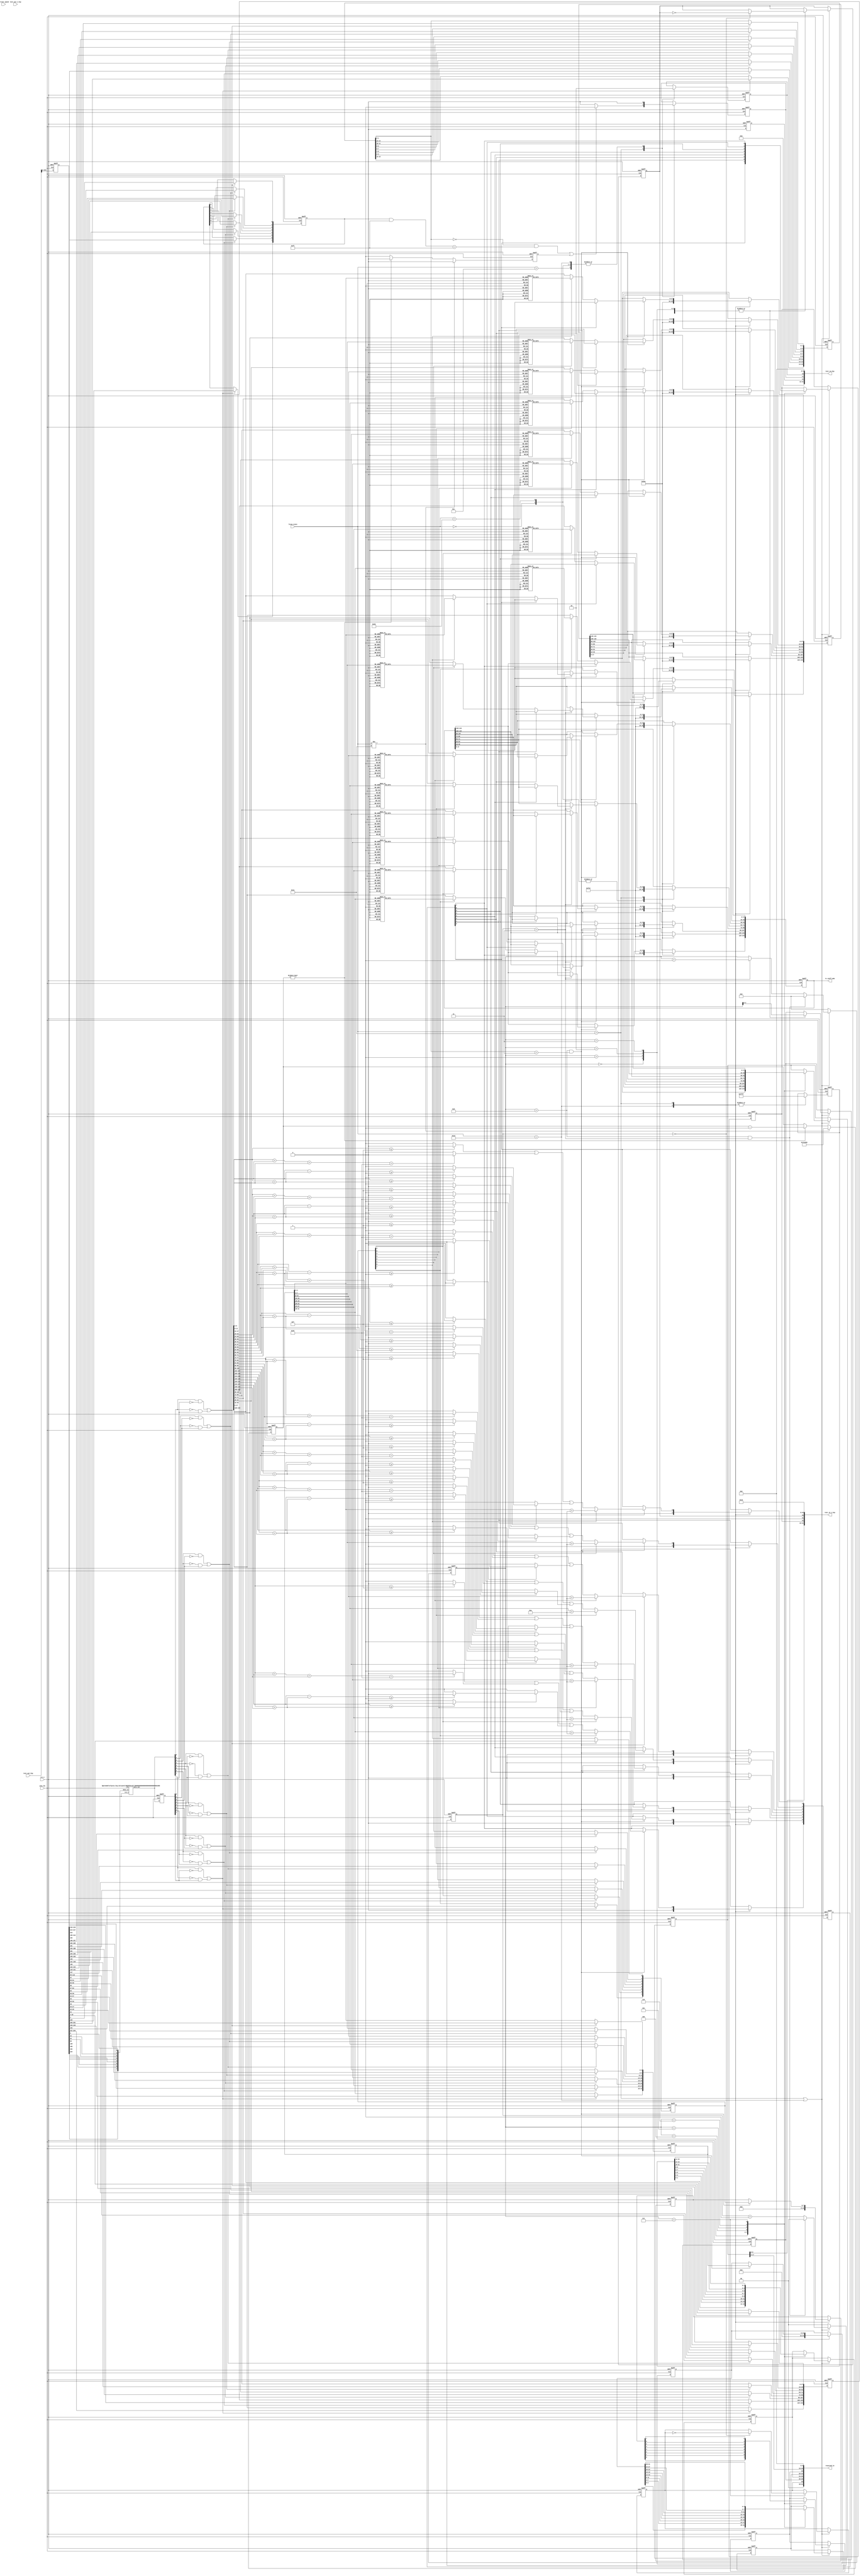
// (C) 2001-2016 Altera Corporation. All rights reserved.
// Your use of Altera Corporation's design tools, logic functions and other 
// software and tools, and its AMPP partner logic functions, and any output 
// files any of the foregoing (including device programming or simulation 
// files), and any associated documentation or information are expressly subject 
// to the terms and conditions of the Altera Program License Subscription 
// Agreement, Altera MegaCore Function License Agreement, or other applicable 
// license agreement, including, without limitation, that your use is for the 
// sole purpose of programming logic devices manufactured by Altera and sold by 
// Altera or its authorized distributors.  Please refer to the applicable 
// agreement for further details.


// synthesis translate_off
`timescale 1ns / 1ps
// synthesis translate_on

module altpcie_hip_eq_bypass_ph3
 #(
    parameter K_G3_FULL_SWING    = 6'd63,                 // Local Full Swing FS
    parameter K_G3_LOW_FREQ      = 6'd1,                  // Local Low Freq LF
    parameter K_G3_EN_HALF_SWING = 1'b0,                  // Enable Half Swing
    parameter PRST_COEFF_MAP0    = {6'd0,6'd53,6'd10},    // Preset to Coefficient Mapping
    parameter PRST_COEFF_MAP1    = {6'd0,6'd52,6'd11},
    parameter PRST_COEFF_MAP2    = {6'd0,6'd50,6'd13},
    parameter PRST_COEFF_MAP3    = {6'd0,6'd55,6'd8},
    parameter PRST_COEFF_MAP4    = {6'd0,6'd63,6'd0},
    parameter PRST_COEFF_MAP5    = {6'd6,6'd57,6'd0},
    parameter PRST_COEFF_MAP6    = {6'd8,6'd55,6'd0},
    parameter PRST_COEFF_MAP7    = {6'd6,6'd44,6'd13},
    parameter PRST_COEFF_MAP8    = {6'd8,6'd47,6'd8},
    parameter PRST_COEFF_MAP9    = {6'd11,6'd52,6'd0},
    parameter PRST_COEFF_MAP10   = {6'd30,6'd33,6'd0},
    parameter PRST_COEFF_MAPERR  = {6'd0,6'd0,6'd0},
    parameter DEFAULT_PRST       = PRST_COEFF_MAP4,       // Default PMA preset
    parameter TIMEOUT_32MS       = 23'd7999500,           // 32 ms calculated using 250 Mhz clock - 500 clocks
    parameter ACT_LANES          = 8'b1111_1111
  )
  (
   // Clocks & Resets
   input   wire                                 rst_n,              // Active low Async rst
   input   wire                                 pld_clk,            // Core CLK
   //--------------- HIP Connections
   // Inputs
   input   wire [255:0]                         test_out_hip,       // Test Bus from HIP
   input   wire [63:0]                          test_out_1_hip,     // Test Bus from HIP
   input   wire [4:0]                           ltssm_state,        // LTSSM state from HIP
   input   wire [1:0]                           current_speed,      // Current Speed from HIP

   // Outputs
   output   wire  [31:0]                        test_in_hip,        // Test In to HIP  [10-12] are only used
   output   wire  [31:0]                        test_in_1_hip,      // test In to HIP  [0-4,15-16,31-20] are only used
   output   wire  [31:0]                        reserved_in,        // Reserved Input to HIP [29-10] are only used

   // Output to PMA
   output   reg   [143:0]                       tx_coeff_pma        // Value to be programmed into PMA
   );
//********************************************************************
// Design Params
//********************************************************************
localparam [4:0] DET_QUIET   = 5'b00000 ;
localparam [4:0] REC_RXCFG   = 5'b01101 ;
localparam [4:0] REC_RXLCK   = 5'b01100 ;
localparam [4:0] REC_SPEED   = 5'b11010 ;
localparam [4:0] EQZ_PHASE_0 = 5'b11011 ;
localparam [4:0] EQZ_PHASE_1 = 5'b11100 ;
localparam [4:0] EQZ_PHASE_2 = 5'b11101 ;
localparam [4:0] EQZ_PHASE_3 = 5'b11110 ;

//********************************************************************
// Define Variables
//********************************************************************
reg   [22:0]                     cpt_ph3;
reg                              timeout_ph3;
wire  [31:0]                     test_dbg_eqin;         // Debug Mode Equalization Signals In (All Channels)
reg  [(8*32)-1:0]               test_dbg_eqout;        // Debug Mode Equalization Signals Out (All Channels)
reg  [(8*8)-1:0]                test_dbg_eqber;        // Debug Mode Equalization BER Count O/P's (All Channels)
reg  [5:0]                      test_dbg_farend_lf;
reg  [5:0]                      test_dbg_farend_fs;
wire  [7:0]                      rx_ts_tgl_sync;
reg   [7:0]                      rx_ts_tgl_sync_d0;
wire  [7:0]                      rx_ts_tgl_re;
wire  [7:0]                      rx_ts_tgl_fe;
wire  [7:0]                      rx_ts_tgl;
wire  [7:0]                      rx_ts1_i;
wire  [7:0]                      rx_reject_coeff_i;
wire  [(8*18)-1:0]               rx_coeff_i;
wire  [7:0]                      rx_use_prst_i;
wire  [(8*4)-1:0]                rx_txpreset_i;
wire  [(8*2)-1:0]                rx_ecbits_i;
reg   [7:0]                      rx_ts1;
reg   [7:0]                      rx_reject_coeff;
reg   [(8*18)-1:0]               rx_coeff;
reg   [7:0]                      rx_use_prst;
reg   [(8*4)-1:0]                rx_txpreset;
reg   [(8*2)-1:0]                rx_ecbits;
reg   [7:0]                      tx_reject_coeff_i;     // Transmitted TS1 "reject Coeff" field
reg   [(8*18)-1:0]               tx_coeff_i;            // Transmitted TS1 "Coefficient" field
reg   [7:0]                      tx_use_prst_i;         // Transmitted TS1 "Use Preset" field
reg   [(8*4)-1:0]                tx_txpreset_i;         // Transmitted TS1 "Tx Preset" field
reg   [(8*4)-1:0]                store_tx_txpreset_i;   // Transmitted TS1 "Tx Preset" field
reg   [(8*2)-1:0]                tx_ecbits_i;           // Transmitted TS1 "EC" Field
reg                              tx_lntgl;              // Per lane Strobe Signal active when lane number is changed
reg                              tx_reject_coeff;       // Transmitted TS1 "reject Coeff" field
reg   [17:0]                     tx_coeff;              // Transmitted TS1 "Coefficient" field
reg                              tx_use_prst;           // Transmitted TS1 "Use Preset" field
reg   [3:0]                      tx_txpreset;           // Transmitted TS1 "Tx Preset" field
reg   [1:0]                      tx_ecbits;             // Transmitted TS1 "EC" Field
reg   [2:0]                      tx_lane_num;           // Lane number for which the above values should be applied
reg                              tx_alltgl;             // Strobe Signal indicating all lanes are updated and ready for Transmission
reg                              dbg_hold_ltssm_eqph;
reg                              dbg_rel_ltssm_eqph;
reg                              dbg_en_berchk_eqph;
reg   [3:0]                      snd_prst_cnt;
reg   [1:0]                      enable_cnt;
reg   [3:0]                      lane_cnt;
wire  [7:0]                      rx_ber_tgl;
wire  [(5*8)-1:0]                rx_ber_total_i;
reg   [7:0]                      rx_ber_max;
reg   [(5*8)-1:0]                rx_ber_total;
reg   [21:0]                     cpt_ber;
reg                              equlz_entered;
reg   [7:0]                      legal_coeff_prst;

//********************************************************************
// Test bus assignments
//********************************************************************
   // Force to use Test Bus for Equalization Bypass
   assign test_in_1_hip[4:0] = 5'h10;
   assign test_in_1_hip[14:5]= 10'h0;
   assign test_in_1_hip[15]  = 0;
   assign test_in_1_hip[16]  = 0;
   assign test_in_1_hip[19:17] = 3'h0;

   // Test In HIP
   assign test_in_hip[9:0]        = 10'h0;
   assign test_in_hip[10]      = dbg_hold_ltssm_eqph;
   assign test_in_hip[11]      = dbg_rel_ltssm_eqph;
   assign test_in_hip[12]      = dbg_en_berchk_eqph;
   assign test_in_hip[31:13]      = 18'h0;

   // Test in HIP
   assign {reserved_in[29:10],test_in_1_hip[31:20]} = test_dbg_eqin;
   assign reserved_in[31:30] = 2'h0;
   assign reserved_in[9:0] = 10'h0;

   // Test Out HIP
   always @(negedge rst_n or posedge pld_clk) begin
      if (rst_n == 1'b0) begin
         test_dbg_eqout       <= 256'h0;
         test_dbg_eqber       <= 64'h0;
         test_dbg_farend_lf   <= 6'h0;
         test_dbg_farend_fs   <= 6'h0;
      end
      else begin
         test_dbg_eqout       <= test_out_hip;
         test_dbg_eqber       <= test_out_1_hip;
         test_dbg_farend_lf   <= test_out_hip[9:4];
         test_dbg_farend_fs   <= {test_out_hip[3:0],test_out_1_hip[63:62]};
      end
   end

//********************************************************************
//Test Out Bus for Debug of Equalization SM
// --Ch0
// test_dbg_eqber[0]       = rx_ts_tgl[0]
// test_dbg_eqber[5:1]     = rx_ber_total[4:0]
// test_dbg_eqber[7:6]     = Not Connected
// ---Ch1
// test_dbg_eqber[8]       = rx_ts_tgl[1]
// test_dbg_eqber[13:9]    = rx_ber_total[9:5]
// ...
//********************************************************************
genvar id;
generate
   for (id = 0; id < (8); id = id+1) begin : EQULZ_DBG_BER_OUT_PORT
      assign  rx_ber_tgl[id]                     = test_dbg_eqber[(id*8)];
      assign  rx_ber_total_i[(5*(id+1))-1:5*id]  = test_dbg_eqber[((id*8)+5):((id*8)+1)];
   end
endgenerate


//********************************************************************
//Test Out Bus for Debug of Equalization SM
// --Ch0
// test_dbg_eqout[0]       = rx_ts_tgl[0]             // Indicates TS1/2 Received, toggles each time a TS is received
// test_dbg_eqout[1]       = rx_ts1[0]                // Indicates if a received OS is a TS1(1) or TS2(0)
// test_dbg_eqout[2]       = rx_reject_coeff[0]       // Received TS1 "reject Coeff" field
// test_dbg_eqout[20:3]    = rx_coeff[17:0]           // Received TS1 "Coefficient" field
// test_dbg_eqout[21]      = rx_use_prst[0]           // Received TS1 "Use Preset" field
// test_dbg_eqout[25:22]   = rx_txpreset[3:0]         // Received TS1 "Rx Preset" field
// test_dbg_eqout[27:26]   = rx_ecbits[1:0]           // Received TS1 "EC" Field
// test_dbg_eqout[31:28]   = Not Connected
// ---Ch1
// test_dbg_eqout[32]      = rx_ts_tgl[1]
// test_dbg_eqout[33]      = rx_ts1[1]
// test_dbg_eqout[34]      = rx_reject_coeff[1]
// test_dbg_eqout[52:35]   = rx_coeff[35:18]
// ...
//********************************************************************

genvar ib;
generate
   for (ib = 0; ib < (8); ib = ib+1) begin : EQULZ_DBG_OUT_PORT
      assign  rx_ts_tgl[ib]                       = test_dbg_eqout[(ib*32)];
      assign  rx_ts1_i[ib]                        = test_dbg_eqout[(ib*32)+1];
      assign  rx_reject_coeff_i[ib]               = test_dbg_eqout[(ib*32)+2];
      assign  rx_coeff_i[(18*(ib+1))-1:18*ib]     = test_dbg_eqout[((ib*32)+20):((ib*32)+3)];
      assign  rx_use_prst_i[ib]                   = test_dbg_eqout[(ib*32)+21];
      assign  rx_txpreset_i[(4*(ib+1))-1:4*ib]    = test_dbg_eqout[((ib*32)+25):((ib*32)+22)];
      assign  rx_ecbits_i[(2*(ib+1))-1:2*ib]      = test_dbg_eqout[((ib*32)+27):((ib*32)+26)];
   end
endgenerate

//********************************************************************
//Test In Bus for Debug of Equalization SM when k_g3_ltssm_eq_dbg is active
//-- Ch Based on Lane Num
// tx_lntgl              =  test_dbg_eqin[0]        // Per lane Strobe Signal active when lane number is changed
// tx_ts1                =  test_dbg_eqin[1]        // Not Used
// tx_reject_coeff       =  test_dbg_eqin[2]        // Transmitted TS1 "reject Coeff" field
// tx_coeff[17:0]        =  test_dbg_eqin[20:3]     // Transmitted TS1 "Coefficient" field
// tx_use_prst           =  test_dbg_eqin[21]       // Transmitted TS1 "Use Preset" field
// tx_txpreset[3:0]      =  test_dbg_eqin[25:22]    // Transmitted TS1 "Tx Preset" field
// tx_ecbits[1:0]        =  test_dbg_eqin[27:26]    // Transmitted TS1 "EC" Field
// tx_lane_num[2:0]      =  test_dbg_eqin[30:28]    // Lane number for which the above values should be applied
// tx_alltgl             =  test_dbg_eqin[31]       // Strobe Signal indicating all lanes are updated and ready for Transmission
//
//********************************************************************
assign test_dbg_eqin[0]     = tx_lntgl;           // Per lane Strobe Signal active when lane number is changed
assign test_dbg_eqin[1]     = 1'b1;               // Not Used
assign test_dbg_eqin[2]     = tx_reject_coeff;    // Transmitted TS1 "reject Coeff" field
assign test_dbg_eqin[20:3]  = tx_coeff[17:0];     // Transmitted TS1 "Coefficient" field
assign test_dbg_eqin[21]    = tx_use_prst;        // Transmitted TS1 "Use Preset" field
assign test_dbg_eqin[25:22] = tx_txpreset[3:0];   // Transmitted TS1 "Tx Preset" field
assign test_dbg_eqin[27:26] = tx_ecbits[1:0];     // Transmitted TS1 "EC" Field
assign test_dbg_eqin[30:28] = tx_lane_num[2:0];   // Lane number for which the above values should be applied
assign test_dbg_eqin[31]    = tx_alltgl;          // Strobe Signal indicating all lanes are updated and ready for Transmission


//********************************************************************
// Synchroniser for Bit 0 of test_dbg_eqin signal (Strobe) & bit 31
//********************************************************************
altpcie_hip_bitsync2
#(
.DWIDTH      (8)
)
altpcie_hip_bitsync_strobe_in
   (
   .clk      (pld_clk),
   .rst_n    (rst_n),
   .data_in  (rx_ts_tgl),
   .data_out (rx_ts_tgl_sync)
   );

// Lane Toggle signal RE & FE
genvar ic;
generate
   for (ic = 0; ic < (8); ic = ic+1) begin : RX_TGL_RE_FE
      assign rx_ts_tgl_re[ic] =  rx_ts_tgl_sync[ic] & ~rx_ts_tgl_sync_d0[ic];
      assign rx_ts_tgl_fe[ic] = ~rx_ts_tgl_sync[ic] & rx_ts_tgl_sync_d0[ic];
   end
endgenerate

//********************************************************************
// Register Sync data
//********************************************************************
always @(negedge rst_n or posedge pld_clk) begin
   if (rst_n == 1'b0) begin
      rx_ts_tgl_sync_d0 <= 8'd0;
   end
   else begin
      rx_ts_tgl_sync_d0 <= rx_ts_tgl_sync;
   end
end

//********************************************************************
// Store TS information of  ALL Lane
//********************************************************************
always @(negedge rst_n or posedge pld_clk) begin
   if (rst_n == 1'b0) begin
      rx_ts1                         <= 1'b0;
      rx_reject_coeff                <= 1'b0;
      rx_coeff                       <= 18'd0;
      rx_use_prst                    <= 1'b0;
      rx_txpreset                    <= 4'd0;
      rx_ecbits                      <= 2'd0;
      rx_ber_total                   <= 40'd0;
      rx_ber_max                     <= 8'd0;
   end
   else begin
      // CH0
      if ((rx_ts_tgl_re[0] | rx_ts_tgl_fe[0])) begin
         rx_ts1[0]                      <= rx_ts1_i[0];
         rx_reject_coeff[0]             <= rx_reject_coeff_i[0];
         rx_coeff[(18*(0+1))-1:18*0]    <= rx_coeff_i[(18*(0+1))-1:18*0];
         rx_use_prst[0]                 <= rx_use_prst_i[0];
         rx_txpreset[(4*(0+1))-1:4*0]   <= rx_txpreset_i[(4*(0+1))-1:4*0];
         rx_ecbits[(2*(0+1))-1:2*0]     <= rx_ecbits_i[(2*(0+1))-1:2*0];
         rx_ber_total[(5*(0+1))-1:5*0]  <= rx_ber_total_i[(5*(0+1))-1:5*0];
         rx_ber_max[0]                  <= (rx_ber_total_i[(5*(0+1))-1:5*0] >= 5'h1f) ? 1'b1 : 1'b0;
      end
      // CH1
      if ((rx_ts_tgl_re[1] | rx_ts_tgl_fe[1])) begin
         rx_ts1[1]                      <= rx_ts1_i[1];
         rx_reject_coeff[1]             <= rx_reject_coeff_i[1];
         rx_coeff[(18*(1+1))-1:18*1]    <= rx_coeff_i[(18*(1+1))-1:18*1];
         rx_use_prst[1]                 <= rx_use_prst_i[1];
         rx_txpreset[(4*(1+1))-1:4*1]   <= rx_txpreset_i[(4*(1+1))-1:4*1];
         rx_ecbits[(2*(1+1))-1:2*1]     <= rx_ecbits_i[(2*(1+1))-1:2*1];
         rx_ber_total[(5*(1+1))-1:5*1]  <= rx_ber_total_i[(5*(1+1))-1:5*1];
         rx_ber_max[1]                  <= (rx_ber_total_i[(5*(1+1))-1:5*1] >= 5'h1f) ? 1'b1 : 1'b0;
      end
      // CH2
      if ((rx_ts_tgl_re[2] | rx_ts_tgl_fe[2])) begin
         rx_ts1[2]                      <= rx_ts1_i[2];
         rx_reject_coeff[2]             <= rx_reject_coeff_i[2];
         rx_coeff[(18*(2+1))-1:18*2]    <= rx_coeff_i[(18*(2+1))-1:18*2];
         rx_use_prst[2]                 <= rx_use_prst_i[2];
         rx_txpreset[(4*(2+1))-1:4*2]   <= rx_txpreset_i[(4*(2+1))-1:4*2];
         rx_ecbits[(2*(2+1))-1:2*2]     <= rx_ecbits_i[(2*(2+1))-1:2*2];
         rx_ber_total[(5*(2+1))-1:5*2]  <= rx_ber_total_i[(5*(2+1))-1:5*2];
         rx_ber_max[2]                  <= (rx_ber_total_i[(5*(2+1))-1:5*2] >= 5'h1f) ? 1'b1 : 1'b0;
      end
      // CH3
      if ((rx_ts_tgl_re[3] | rx_ts_tgl_fe[3])) begin
         rx_ts1[3]                      <= rx_ts1_i[3];
         rx_reject_coeff[3]             <= rx_reject_coeff_i[3];
         rx_coeff[(18*(3+1))-1:18*3]    <= rx_coeff_i[(18*(3+1))-1:18*3];
         rx_use_prst[3]                 <= rx_use_prst_i[3];
         rx_txpreset[(4*(3+1))-1:4*3]   <= rx_txpreset_i[(4*(3+1))-1:4*3];
         rx_ecbits[(2*(3+1))-1:2*3]     <= rx_ecbits_i[(2*(3+1))-1:2*3];
         rx_ber_total[(5*(3+1))-1:5*3]  <= rx_ber_total_i[(5*(3+1))-1:5*3];
         rx_ber_max[3]                  <= (rx_ber_total_i[(5*(3+1))-1:5*3] >= 5'h1f) ? 1'b1 : 1'b0;
      end
      // CH4
      if ((rx_ts_tgl_re[4] | rx_ts_tgl_fe[4])) begin
         rx_ts1[4]                      <= rx_ts1_i[4];
         rx_reject_coeff[4]             <= rx_reject_coeff_i[4];
         rx_coeff[(18*(4+1))-1:18*4]    <= rx_coeff_i[(18*(4+1))-1:18*4];
         rx_use_prst[4]                 <= rx_use_prst_i[4];
         rx_txpreset[(4*(4+1))-1:4*4]   <= rx_txpreset_i[(4*(4+1))-1:4*4];
         rx_ecbits[(2*(4+1))-1:2*4]     <= rx_ecbits_i[(2*(4+1))-1:2*4];
         rx_ber_total[(5*(4+1))-1:5*4]  <= rx_ber_total_i[(5*(4+1))-1:5*4];
         rx_ber_max[4]                  <= (rx_ber_total_i[(5*(4+1))-1:5*4] >= 5'h1f) ? 1'b1 : 1'b0;
      end
      // CH5
      if ((rx_ts_tgl_re[5] | rx_ts_tgl_fe[5])) begin
         rx_ts1[5]                      <= rx_ts1_i[5];
         rx_reject_coeff[5]             <= rx_reject_coeff_i[5];
         rx_coeff[(18*(5+1))-1:18*5]    <= rx_coeff_i[(18*(5+1))-1:18*5];
         rx_use_prst[5]                 <= rx_use_prst_i[5];
         rx_txpreset[(4*(5+1))-1:4*5]   <= rx_txpreset_i[(4*(5+1))-1:4*5];
         rx_ecbits[(2*(5+1))-1:2*5]     <= rx_ecbits_i[(2*(5+1))-1:2*5];
         rx_ber_total[(5*(5+1))-1:5*5]  <= rx_ber_total_i[(5*(5+1))-1:5*5];
         rx_ber_max[5]                  <= (rx_ber_total_i[(5*(5+1))-1:5*5] >= 5'h1f) ? 1'b1 : 1'b0;
      end
      // CH6
      if ((rx_ts_tgl_re[6] | rx_ts_tgl_fe[6])) begin
         rx_ts1[6]                      <= rx_ts1_i[6];
         rx_reject_coeff[6]             <= rx_reject_coeff_i[6];
         rx_coeff[(18*(6+1))-1:18*6]    <= rx_coeff_i[(18*(6+1))-1:18*6];
         rx_use_prst[6]                 <= rx_use_prst_i[6];
         rx_txpreset[(4*(6+1))-1:4*6]   <= rx_txpreset_i[(4*(6+1))-1:4*6];
         rx_ecbits[(2*(6+1))-1:2*6]     <= rx_ecbits_i[(2*(6+1))-1:2*6];
         rx_ber_total[(5*(6+1))-1:5*6]  <= rx_ber_total_i[(5*(6+1))-1:5*6];
         rx_ber_max[6]                  <= (rx_ber_total_i[(5*(6+1))-1:5*6] >= 5'h1f) ? 1'b1 : 1'b0;
      end
      // CH7
      if ((rx_ts_tgl_re[7] | rx_ts_tgl_fe[7])) begin
         rx_ts1[7]                      <= rx_ts1_i[7];
         rx_reject_coeff[7]             <= rx_reject_coeff_i[7];
         rx_coeff[(18*(7+1))-1:18*7]    <= rx_coeff_i[(18*(7+1))-1:18*7];
         rx_use_prst[7]                 <= rx_use_prst_i[7];
         rx_txpreset[(4*(7+1))-1:4*7]   <= rx_txpreset_i[(4*(7+1))-1:4*7];
         rx_ecbits[(2*(7+1))-1:2*7]     <= rx_ecbits_i[(2*(7+1))-1:2*7];
         rx_ber_total[(5*(7+1))-1:5*7]  <= rx_ber_total_i[(5*(7+1))-1:5*7];
         rx_ber_max[7]                  <= (rx_ber_total_i[(5*(7+1))-1:5*7] >= 5'h1f) ? 1'b1 : 1'b0;
      end
   end
end

//********************************************************************
// Store TS information of  ALL Lane
//********************************************************************
  // Equlization SM
   always @(negedge rst_n or posedge pld_clk) begin
      if (rst_n == 1'b0) begin
         tx_coeff_pma        <= {8{DEFAULT_PRST}};
         tx_coeff_i          <= 144'd0;
         tx_use_prst_i       <= 8'd0;
         tx_txpreset_i       <= 32'd0;
         tx_ecbits_i         <= 16'd0;
         tx_reject_coeff_i   <= 8'd0;
         dbg_hold_ltssm_eqph <= 1'b0;
         dbg_rel_ltssm_eqph  <= 1'b0;
         dbg_en_berchk_eqph  <= 1'b0;
         equlz_entered       <= 1'b0;
         legal_coeff_prst    <= 8'd0;
      end
      else begin
         dbg_en_berchk_eqph  <= 1'b0;
         case(ltssm_state)
           DET_QUIET: begin
              tx_coeff_pma        <= {8{DEFAULT_PRST}};
              equlz_entered       <= 1'b0;
              dbg_hold_ltssm_eqph <= 1'b0;
              dbg_rel_ltssm_eqph  <= 1'b0;
           end
           EQZ_PHASE_0: begin
              tx_coeff_pma        <= {8{DEFAULT_PRST}};
              dbg_hold_ltssm_eqph <= 1'b0;
              dbg_rel_ltssm_eqph  <= 1'b0;
           end
           //PRE Fill , waiting to enter Phase3
           EQZ_PHASE_2: begin
              tx_coeff_i          <= {8{PRST_COEFF_MAP0}}; // Dont care, can be anything
              tx_txpreset_i       <= {8{4'd0}};
              tx_use_prst_i       <= 8'd0;
              tx_reject_coeff_i   <= 8'd0;
              tx_ecbits_i         <= {8{2'b11}};
              dbg_hold_ltssm_eqph <= 1'b0;
              dbg_rel_ltssm_eqph  <= 1'b0;
           end
           EQZ_PHASE_3: begin
              dbg_hold_ltssm_eqph <= 1'b1;
              dbg_rel_ltssm_eqph  <= 1'b0;
              tx_ecbits_i         <= {8{2'b11}};
              if (lane_cnt == 4'd8 & rx_ecbits[1:0] == 2'b11) begin
                 if (enable_cnt == 2'd3) begin
                    tx_coeff_pma[(18*(0+1))-1:18*0] <= (~tx_reject_coeff_i[0]) ? (rx_use_prst[0] ? map_prst_coeff(rx_txpreset[(4*(0+1))-1:4*0]) : rx_coeff[(18*(0+1))-1:18*0]) : tx_coeff_pma[(18*(0+1))-1:18*0];
                    tx_coeff_pma[(18*(1+1))-1:18*1] <= (~tx_reject_coeff_i[1]) ? (rx_use_prst[1] ? map_prst_coeff(rx_txpreset[(4*(1+1))-1:4*1]) : rx_coeff[(18*(1+1))-1:18*1]) : tx_coeff_pma[(18*(1+1))-1:18*1];
                    tx_coeff_pma[(18*(2+1))-1:18*2] <= (~tx_reject_coeff_i[2]) ? (rx_use_prst[2] ? map_prst_coeff(rx_txpreset[(4*(2+1))-1:4*2]) : rx_coeff[(18*(2+1))-1:18*2]) : tx_coeff_pma[(18*(2+1))-1:18*2];
                    tx_coeff_pma[(18*(3+1))-1:18*3] <= (~tx_reject_coeff_i[3]) ? (rx_use_prst[3] ? map_prst_coeff(rx_txpreset[(4*(3+1))-1:4*3]) : rx_coeff[(18*(3+1))-1:18*3]) : tx_coeff_pma[(18*(3+1))-1:18*3];
                    tx_coeff_pma[(18*(4+1))-1:18*4] <= (~tx_reject_coeff_i[4]) ? (rx_use_prst[4] ? map_prst_coeff(rx_txpreset[(4*(4+1))-1:4*4]) : rx_coeff[(18*(4+1))-1:18*4]) : tx_coeff_pma[(18*(4+1))-1:18*4];
                    tx_coeff_pma[(18*(5+1))-1:18*5] <= (~tx_reject_coeff_i[5]) ? (rx_use_prst[5] ? map_prst_coeff(rx_txpreset[(4*(5+1))-1:4*5]) : rx_coeff[(18*(5+1))-1:18*5]) : tx_coeff_pma[(18*(5+1))-1:18*5];
                    tx_coeff_pma[(18*(6+1))-1:18*6] <= (~tx_reject_coeff_i[6]) ? (rx_use_prst[6] ? map_prst_coeff(rx_txpreset[(4*(6+1))-1:4*6]) : rx_coeff[(18*(6+1))-1:18*6]) : tx_coeff_pma[(18*(6+1))-1:18*6];
                    tx_coeff_pma[(18*(7+1))-1:18*7] <= (~tx_reject_coeff_i[7]) ? (rx_use_prst[7] ? map_prst_coeff(rx_txpreset[(4*(7+1))-1:4*7]) : rx_coeff[(18*(7+1))-1:18*7]) : tx_coeff_pma[(18*(7+1))-1:18*7];
                 end

                 //tx_coeff_i          <= rx_coeff;
                                          tx_coeff_i[(18*(0+1))-1:18*0] <= (~tx_reject_coeff_i[0]) ? (rx_use_prst[0] ? map_prst_coeff(rx_txpreset[(4*(0+1))-1:4*0]) : rx_coeff[(18*(0+1))-1:18*0]) : tx_coeff_pma[(18*(0+1))-1:18*0];
                 tx_coeff_i[(18*(1+1))-1:18*1] <= (~tx_reject_coeff_i[1]) ? (rx_use_prst[1] ? map_prst_coeff(rx_txpreset[(4*(1+1))-1:4*1]) : rx_coeff[(18*(1+1))-1:18*1]) : tx_coeff_pma[(18*(1+1))-1:18*1];
                 tx_coeff_i[(18*(2+1))-1:18*2] <= (~tx_reject_coeff_i[2]) ? (rx_use_prst[2] ? map_prst_coeff(rx_txpreset[(4*(2+1))-1:4*2]) : rx_coeff[(18*(2+1))-1:18*2]) : tx_coeff_pma[(18*(2+1))-1:18*2];
                 tx_coeff_i[(18*(3+1))-1:18*3] <= (~tx_reject_coeff_i[3]) ? (rx_use_prst[3] ? map_prst_coeff(rx_txpreset[(4*(3+1))-1:4*3]) : rx_coeff[(18*(3+1))-1:18*3]) : tx_coeff_pma[(18*(3+1))-1:18*3];
                 tx_coeff_i[(18*(4+1))-1:18*4] <= (~tx_reject_coeff_i[4]) ? (rx_use_prst[4] ? map_prst_coeff(rx_txpreset[(4*(4+1))-1:4*4]) : rx_coeff[(18*(4+1))-1:18*4]) : tx_coeff_pma[(18*(4+1))-1:18*4];
                 tx_coeff_i[(18*(5+1))-1:18*5] <= (~tx_reject_coeff_i[5]) ? (rx_use_prst[5] ? map_prst_coeff(rx_txpreset[(4*(5+1))-1:4*5]) : rx_coeff[(18*(5+1))-1:18*5]) : tx_coeff_pma[(18*(5+1))-1:18*5];
                 tx_coeff_i[(18*(6+1))-1:18*6] <= (~tx_reject_coeff_i[6]) ? (rx_use_prst[6] ? map_prst_coeff(rx_txpreset[(4*(6+1))-1:4*6]) : rx_coeff[(18*(6+1))-1:18*6]) : tx_coeff_pma[(18*(6+1))-1:18*6];
                 tx_coeff_i[(18*(7+1))-1:18*7] <= (~tx_reject_coeff_i[7]) ? (rx_use_prst[7] ? map_prst_coeff(rx_txpreset[(4*(7+1))-1:4*7]) : rx_coeff[(18*(7+1))-1:18*7]) : tx_coeff_pma[(18*(7+1))-1:18*7];
                 tx_txpreset_i       <= rx_txpreset;
                 tx_use_prst_i       <= rx_use_prst;
                 tx_reject_coeff_i[0]<= (rx_use_prst[0] ? (rx_txpreset[(4*(0+1))-1:4*0] > 4'd10) : coeff_err_chk(rx_coeff[(18*(0+1))-1:18*0]));
                 tx_reject_coeff_i[1]<= (rx_use_prst[1] ? (rx_txpreset[(4*(1+1))-1:4*1] > 4'd10) : coeff_err_chk(rx_coeff[(18*(1+1))-1:18*1]));
                 tx_reject_coeff_i[2]<= (rx_use_prst[2] ? (rx_txpreset[(4*(2+1))-1:4*2] > 4'd10) : coeff_err_chk(rx_coeff[(18*(2+1))-1:18*2]));
                 tx_reject_coeff_i[3]<= (rx_use_prst[3] ? (rx_txpreset[(4*(3+1))-1:4*3] > 4'd10) : coeff_err_chk(rx_coeff[(18*(3+1))-1:18*3]));
                 tx_reject_coeff_i[4]<= (rx_use_prst[4] ? (rx_txpreset[(4*(4+1))-1:4*4] > 4'd10) : coeff_err_chk(rx_coeff[(18*(4+1))-1:18*4]));
                 tx_reject_coeff_i[5]<= (rx_use_prst[5] ? (rx_txpreset[(4*(5+1))-1:4*5] > 4'd10) : coeff_err_chk(rx_coeff[(18*(5+1))-1:18*5]));
                 tx_reject_coeff_i[6]<= (rx_use_prst[6] ? (rx_txpreset[(4*(6+1))-1:4*6] > 4'd10) : coeff_err_chk(rx_coeff[(18*(6+1))-1:18*6]));
                 tx_reject_coeff_i[7]<= (rx_use_prst[7] ? (rx_txpreset[(4*(7+1))-1:4*7] > 4'd10) : coeff_err_chk(rx_coeff[(18*(7+1))-1:18*7]));
              end
              if (((rx_ecbits[1:0] == 2'b00) & (rx_ts1 & ACT_LANES) == ACT_LANES) | timeout_ph3) begin
                 dbg_rel_ltssm_eqph  <= 1'b1;
              end
           end
                          REC_RXLCK : begin
              dbg_hold_ltssm_eqph <= 1'b0;
              dbg_rel_ltssm_eqph  <= 1'b0;
                          end
         endcase
      end
   end

//********************************************************************
// Logic to send out TS1's
//********************************************************************
   always @(negedge rst_n or posedge pld_clk) begin
      if (rst_n == 1'b0) begin
         lane_cnt        <= 0;
         enable_cnt      <= 0;
         tx_lntgl        <= 1'b0;
         tx_reject_coeff <= 1'b0;
         tx_coeff        <= 18'd0;
         tx_use_prst     <= 1'b0;
         tx_txpreset     <= 4'd0;
         tx_ecbits       <= 2'd0;
         tx_lane_num     <= 3'd0;
         tx_alltgl       <= 1'b0;
      end
      else if (ltssm_state == EQZ_PHASE_3 | ltssm_state == EQZ_PHASE_2)  begin
         if (lane_cnt == 4'd8 & enable_cnt == 2'd3) begin
            lane_cnt    <= 4'd0;
            enable_cnt  <= 0;
         end
         else  begin
            lane_cnt    <= (enable_cnt == 2'd3) ? lane_cnt + 4'd1 : lane_cnt;
            enable_cnt  <= enable_cnt + 2'd1;
         end

         case(lane_cnt)
            4'd0:begin
               tx_lntgl        <= (enable_cnt == 'd0) ? ~tx_lntgl : tx_lntgl;
               tx_reject_coeff <= tx_reject_coeff_i[0];
               tx_coeff        <= tx_coeff_i[(18*(0+1))-1:18*0];
               tx_use_prst     <= tx_use_prst_i[0];
               tx_txpreset     <= tx_txpreset_i[(4*(0+1))-1:4*0];
               tx_ecbits       <= tx_ecbits_i[(2*(0+1))-1:2*0];
               tx_lane_num     <= lane_cnt[2:0];
            end
            4'd1:begin
               tx_lntgl        <= (enable_cnt == 'd0) ? ~tx_lntgl : tx_lntgl;
               tx_reject_coeff <= tx_reject_coeff_i[1];
               tx_coeff        <= tx_coeff_i[(18*(1+1))-1:18*1];
               tx_use_prst     <= tx_use_prst_i[1];
               tx_txpreset     <= tx_txpreset_i[(4*(1+1))-1:4*1];
               tx_ecbits       <= tx_ecbits_i[(2*(1+1))-1:2*1];
               tx_lane_num     <= lane_cnt[2:0];
            end
            4'd2:begin
               tx_lntgl        <= (enable_cnt == 'd0) ? ~tx_lntgl : tx_lntgl;
               tx_reject_coeff <= tx_reject_coeff_i[2];
               tx_coeff        <= tx_coeff_i[(18*(2+1))-1:18*2];
               tx_use_prst     <= tx_use_prst_i[2];
               tx_txpreset     <= tx_txpreset_i[(4*(2+1))-1:4*2];
               tx_ecbits       <= tx_ecbits_i[(2*(2+1))-1:2*2];
               tx_lane_num     <= lane_cnt[2:0];
            end
            4'd3:begin
               tx_lntgl        <= (enable_cnt == 'd0) ? ~tx_lntgl : tx_lntgl;
               tx_reject_coeff <= tx_reject_coeff_i[3];
               tx_coeff        <= tx_coeff_i[(18*(3+1))-1:18*3];
               tx_use_prst     <= tx_use_prst_i[3];
               tx_txpreset     <= tx_txpreset_i[(4*(3+1))-1:4*3];
               tx_ecbits       <= tx_ecbits_i[(2*(3+1))-1:2*3];
               tx_lane_num     <= lane_cnt[2:0];
            end
            4'd4:begin
               tx_lntgl        <= (enable_cnt == 'd0) ? ~tx_lntgl : tx_lntgl;
               tx_reject_coeff <= tx_reject_coeff_i[4];
               tx_coeff        <= tx_coeff_i[(18*(4+1))-1:18*4];
               tx_use_prst     <= tx_use_prst_i[4];
               tx_txpreset     <= tx_txpreset_i[(4*(4+1))-1:4*4];
               tx_ecbits       <= tx_ecbits_i[(2*(4+1))-1:2*4];
               tx_lane_num     <= lane_cnt[2:0];
            end
            4'd5:begin
               tx_lntgl        <= (enable_cnt == 'd0) ? ~tx_lntgl : tx_lntgl;
               tx_reject_coeff <= tx_reject_coeff_i[5];
               tx_coeff        <= tx_coeff_i[(18*(5+1))-1:18*5];
               tx_use_prst     <= tx_use_prst_i[5];
               tx_txpreset     <= tx_txpreset_i[(4*(5+1))-1:4*5];
               tx_ecbits       <= tx_ecbits_i[(2*(5+1))-1:2*5];
               tx_lane_num     <= lane_cnt[2:0];
            end
            4'd6:begin
               tx_lntgl        <= (enable_cnt == 'd0) ? ~tx_lntgl : tx_lntgl;
               tx_reject_coeff <= tx_reject_coeff_i[6];
               tx_coeff        <= tx_coeff_i[(18*(6+1))-1:18*6];
               tx_use_prst     <= tx_use_prst_i[6];
               tx_txpreset     <= tx_txpreset_i[(4*(6+1))-1:4*6];
               tx_ecbits       <= tx_ecbits_i[(2*(6+1))-1:2*6];
               tx_lane_num     <= lane_cnt[2:0];
            end
            3'd7:begin
               tx_lntgl        <= (enable_cnt == 'd0) ? ~tx_lntgl : tx_lntgl;
               tx_reject_coeff <= tx_reject_coeff_i[7];
               tx_coeff        <= tx_coeff_i[(18*(7+1))-1:18*7];
               tx_use_prst     <= tx_use_prst_i[7];
               tx_txpreset     <= tx_txpreset_i[(4*(7+1))-1:4*7];
               tx_ecbits       <= tx_ecbits_i[(2*(7+1))-1:2*7];
               tx_lane_num     <= lane_cnt[2:0];
               tx_alltgl       <= (enable_cnt == 'd0) ? ~tx_alltgl : tx_alltgl;
            end
         endcase
      end
      else begin
         enable_cnt  <= 'd0;
         lane_cnt    <= 'd0;
      end
   end


//********************************************************************
// Function to convert Preset to Coeffients
//********************************************************************
function [17:0] map_prst_coeff;
   input  [3:0] txpreset_in;
   begin
      case(txpreset_in)
         4'd0   : map_prst_coeff = PRST_COEFF_MAP0;
         4'd1   : map_prst_coeff = PRST_COEFF_MAP1;
         4'd2   : map_prst_coeff = PRST_COEFF_MAP2;
         4'd3   : map_prst_coeff = PRST_COEFF_MAP3;
         4'd4   : map_prst_coeff = PRST_COEFF_MAP4;
         4'd5   : map_prst_coeff = PRST_COEFF_MAP5;
         4'd6   : map_prst_coeff = PRST_COEFF_MAP6;
         4'd7   : map_prst_coeff = PRST_COEFF_MAP7;
         4'd8   : map_prst_coeff = PRST_COEFF_MAP8;
         4'd9   : map_prst_coeff = PRST_COEFF_MAP9;
         4'd10  : map_prst_coeff = PRST_COEFF_MAP10;
         default: map_prst_coeff = PRST_COEFF_MAPERR;
      endcase
   end
endfunction

//********************************************************************
// Function check coeff is error
//********************************************************************
function  coeff_err_chk;
   input [17:0] coeff_data_in;
   reg          err_rule_a;
   reg          err_rule_b;
   reg          err_rule_ca;
   reg          err_rule_cb;
   reg          err_full_swing;
   reg          err_half_swing;
   reg          err_swing;
   reg   [5:0]  coeff_prec;
   reg   [5:0]  coeff_curs;
   reg   [5:0]  coeff_pstc;

   begin
      // Rules for Transmitter Coefficients
      coeff_pstc = coeff_data_in[17:12];
      coeff_curs = coeff_data_in[11:6];
      coeff_prec = coeff_data_in[5:0];

      err_full_swing  = (K_G3_FULL_SWING <'d24 | K_G3_FULL_SWING > 'd63) ? 1'b1 : 1'b0;
      err_half_swing  = (K_G3_FULL_SWING <'d12 | K_G3_FULL_SWING > 'd63) ? 1'b1 : 1'b0;
      err_swing       = (K_G3_EN_HALF_SWING) ? err_half_swing : err_full_swing;

      // Error Rules
      //a) |C-1| <= (FS/4);
      err_rule_a = (coeff_prec <= K_G3_FULL_SWING[5:2]) ? 1'b0 : 1'b1;

      //b) |C-1|+C0+|C+1| = FS (Do not allow peak power to change with adaptation
      err_rule_b = (({2'b00,coeff_prec} + {2'b00,coeff_curs} + {2'b00,coeff_pstc}) == {2'b00,K_G3_FULL_SWING}) ? 1'b0 : 1'b1;

      //c) C0-|C-1|-|C+1 |>= LF
      // Check if the number is positive, before subtracting
      err_rule_ca = ({2'b00,coeff_curs} >= ({2'b00,coeff_prec} + {2'b00,coeff_pstc})) ? 1'b1 : 1'b0;
      err_rule_cb = (err_rule_ca) ? ((({2'b00,coeff_curs} - ({2'b00,coeff_prec} + {2'b00,coeff_pstc})) >= {2'b00,K_G3_LOW_FREQ}) ? 1'b0 : 1'b1) : 1'b1;

      coeff_err_chk = (err_rule_a | err_rule_b | err_rule_cb | err_swing);
   end
endfunction

//********************************************************************
// phase3  32ms Timeout
//********************************************************************
  always @(negedge rst_n or posedge pld_clk) begin
      if (rst_n == 1'b0) begin
         timeout_ph3  <= 1'b0 ;
         cpt_ph3      <= 23'd0 ;
      end
      else if (ltssm_state != EQZ_PHASE_3) begin
         timeout_ph3  <= 1'b0 ;
         cpt_ph3      <= TIMEOUT_32MS;
      end
      else begin
         if (cpt_ph3 != 23'd0) begin
            cpt_ph3     <= cpt_ph3 - 23'd1 ;
            timeout_ph3 <= 1'b0 ;
         end
         else begin
            timeout_ph3 <= 1'b1 ;
         end
      end
   end

endmodule
/////////////////////////////////////////////////
// Module instantiations for PTC CV enable_pcisigtest
// Sync modules used in PTC CV

module altpcie_hip_bitsync2
  #(
    parameter DWIDTH    = 1,    // Sync Data input
    parameter RESET_VAL = 0     // Reset value
    )
    (
    input  wire              clk,     // clock
    input  wire              rst_n,   // async reset
    input  wire [DWIDTH-1:0] data_in, // data in
    output wire [DWIDTH-1:0] data_out // data out
     );

// 2-stage synchronizer
localparam SYNCSTAGE = 2;

// synchronizer
altpcie_hip_bitsync
  #(
    .DWIDTH(DWIDTH),        // Sync Data input
    .SYNCSTAGE(SYNCSTAGE),  // Sync stages
    .RESET_VAL(RESET_VAL)   // Reset value
    ) altpcie_hip_bitsync2
    (
     .clk(clk),          // clock
     .rst_n(rst_n),      // async reset
     .data_in(data_in),  // data in
     .data_out(data_out) // data out
     );

endmodule // altpcie_hip_bitsync2

module altpcie_hip_bitsync
  #(
    parameter DWIDTH = 1,    // Sync Data input
    parameter SYNCSTAGE = 2, // Sync stages
    parameter RESET_VAL = 0  // Reset value
    )
    (
    input  wire              clk,     // clock
    input  wire              rst_n,   // async reset
    input  wire [DWIDTH-1:0] data_in, // data in
    output wire [DWIDTH-1:0] data_out // data out
     );

   // Define wires/regs
   reg [(DWIDTH*SYNCSTAGE)-1:0] sync_regs;
   wire                         reset_value;

   assign reset_value = (RESET_VAL == 1) ? 1'b1 : 1'b0;  // To eliminate truncating warning

   // Sync Always block
   always @(negedge rst_n or posedge clk) begin
      if (rst_n == 1'b0) begin
         sync_regs[(DWIDTH*SYNCSTAGE)-1:DWIDTH] <= {(DWIDTH*(SYNCSTAGE-1)){reset_value}};
      end
      else begin
         sync_regs[(DWIDTH*SYNCSTAGE)-1:DWIDTH] <= sync_regs[((DWIDTH*(SYNCSTAGE-1))-1):0];
      end
   end

   // Separated out the first stage of FFs without reset
   always @(posedge clk) begin
         sync_regs[DWIDTH-1:0] <= data_in;
   end

   assign data_out = sync_regs[((DWIDTH*SYNCSTAGE)-1):(DWIDTH*(SYNCSTAGE-1))];

endmodule // altpcie_hip_bitsync

module altpcie_hip_vecsync2
   #(
      parameter DWIDTH           = 2 // Sync Data input
    )
   (
   // Inputs
   input  wire               wr_clk,        // write clock
   input  wire               rd_clk,        // read clock
   input  wire               wr_rst_n,      // async write reset
   input  wire               rd_rst_n,      // async read reset
   input  wire [DWIDTH-1:0]  data_in,       // data in
   // Outputs
   output wire  [DWIDTH-1:0] data_out       // data out
   );

// 2-stage synchronizer
localparam SYNCSTAGE = 2;

// Vecsync module
altpcie_hip_vecsync
   #(
      .DWIDTH(DWIDTH),       // Sync Data input
      .SYNCSTAGE(SYNCSTAGE)  // Sync stages
    ) altpcie_hip_vecsync2
   (
   // Inputs
   .wr_clk(wr_clk),         // write clock
   .rd_clk(rd_clk),         // read clock
   .wr_rst_n(wr_rst_n),     // async write reset
   .rd_rst_n(rd_rst_n),     // async read reset
   .data_in(data_in),       // data in
   // Outputs
   .data_out(data_out)      // data out
   );

endmodule // altpcie_hip_vecsync2

module altpcie_hip_vecsync
   #(
      parameter DWIDTH           = 2, // Sync Data input
      parameter SYNCSTAGE        = 2  // Sync stages
    )
   (
   // Inputs
   input  wire               wr_clk,        // write clock
   input  wire               rd_clk,        // read clock
   input  wire               wr_rst_n,      // async write reset
   input  wire               rd_rst_n,      // async read reset
   input  wire [DWIDTH-1:0]  data_in,       // data in
   // Outputs
   output reg  [DWIDTH-1:0]  data_out       // data out
   );

//******************************************************************************
// Define regs
//******************************************************************************
reg  [DWIDTH-1:0]  data_in_d0;
reg                req_wr_clk;
wire               req_rd_clk;
wire               ack_wr_clk;
wire               ack_rd_clk;
reg                req_rd_clk_d0;

//******************************************************************************
// WRITE CLOCK DOMAIN: Generate req & Store data when synchroniztion is not
// already in progress
//******************************************************************************
always @(negedge wr_rst_n or posedge wr_clk) begin
   if (wr_rst_n == 1'b0) begin
      data_in_d0 <= {DWIDTH{1'b0}};
      req_wr_clk <= 1'b0;
   end
   else begin
      // Store data when Write Req equals Write Ack
      if (req_wr_clk == ack_wr_clk) begin
         data_in_d0 <= data_in;
      end

      // Generate a Req when there is change in data
      if ((req_wr_clk == ack_wr_clk) & (data_in_d0 != data_in)) begin
         req_wr_clk <= ~req_wr_clk;
      end
   end
end

//******************************************************************************
// WRITE CLOCK DOMAIN:
//******************************************************************************
altpcie_hip_bitsync
#(
.DWIDTH      (1),         // Sync Data input
.SYNCSTAGE   (SYNCSTAGE)  // Sync stages
)
u_ack_wr_clk
   (
   .clk      (wr_clk),
   .rst_n    (wr_rst_n),
   .data_in  (ack_rd_clk),
   .data_out (ack_wr_clk)
   );
assign ack_rd_clk = req_rd_clk_d0;

//******************************************************************************
// READ CLOCK DOMAIN:
//******************************************************************************
altpcie_hip_bitsync
#(
.DWIDTH      (1),         // Sync Data input
.SYNCSTAGE   (SYNCSTAGE)  // Sync stages
)
u_req_rd_clk
(
   .clk      (rd_clk),
   .rst_n    (rd_rst_n),
   .data_in  (req_wr_clk),
   .data_out (req_rd_clk)
);

//******************************************************************************
// READ CLOCK DOMAIN:
//******************************************************************************
always @(negedge rd_rst_n or posedge rd_clk) begin
   if (rd_rst_n == 1'b0) begin
      data_out      <= {DWIDTH{1'b0}};
      req_rd_clk_d0 <= 1'b0;
   end
   else begin
      req_rd_clk_d0 <= req_rd_clk;
      if (req_rd_clk_d0 != req_rd_clk) begin
         data_out <= data_in_d0;
      end
   end
end


endmodule // altpcie_hip_vecsync

// End sync modules